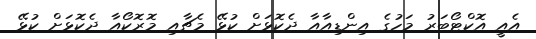
އެއީ އޮކްޓޯބަރު މަހުގެ އިންޑިއާއާ ދެކޮޅަށް ކުޅޭ މެޗާއި މޮރޮކޯއާ ދެކޮޅަށް ކުޅޭ